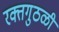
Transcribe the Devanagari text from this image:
रक्तगुठळी